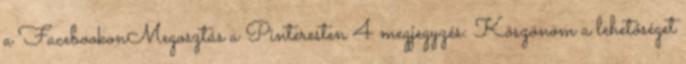
a FacebookonMegosztás a Pinteresten 4 megjegyzés: Köszönöm a lehetőséget